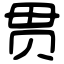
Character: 贯